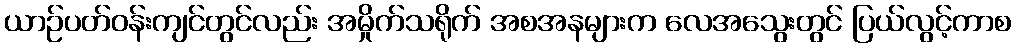
ယာဉ်ပတ်ဝန်းကျင်တွင်လည်း အမှိုက်သရိုက် အစအနများက လေအသွေးတွင် ပြယ်လွင့်ကာစ